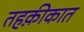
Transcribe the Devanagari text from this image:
तहक़ीकात